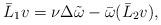
LaTeX: \begin{align*}\bar L_1 v=\nu \Delta \tilde \omega - \bar \omega(\bar L_2 v),\end{align*}